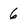
Character: 6